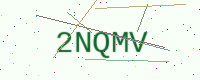
Text: 2NQMV